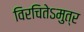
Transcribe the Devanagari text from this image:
विरचितेऽमुत्र